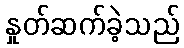
နှုတ်ဆက်ခဲ့သည်